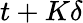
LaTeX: t+K\delta